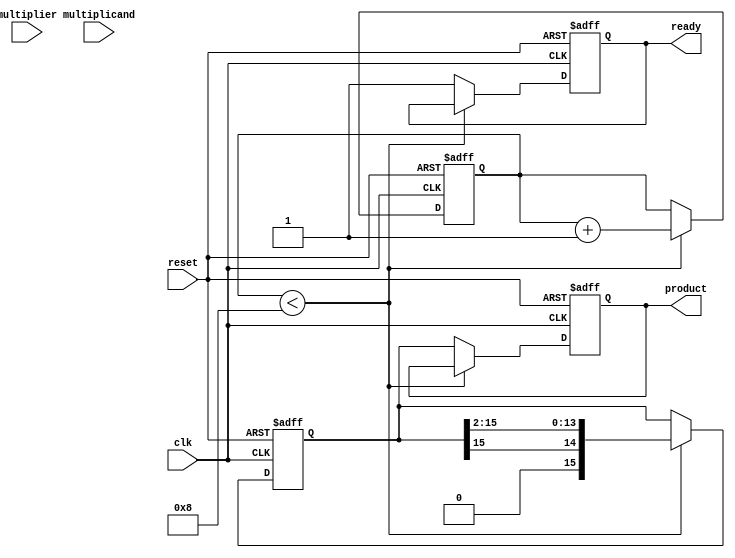
module booth_multiplier #(parameter WIDTH = 8) (
    input signed [WIDTH-1:0] multiplicand,    // M
    input signed [WIDTH-1:0] multiplier,       // Q
    output reg signed [2*WIDTH-1:0] product,   // P
    output reg ready,                           // Indicates completion
    input clk,
    input reset
);
    
    reg signed [WIDTH-1:0] M;         // Multiplicand register
    reg signed [WIDTH-1:0] Q;         // Multiplier register
    reg [WIDTH-1:0] Q_minus_1;        // Q-1 register
    reg [2*WIDTH-1:0] P;              // Product register
    reg [3:0] count;                  // Counter for iterations

    always @(posedge clk or posedge reset) begin
        if (reset) begin
            // Reset all registers
            product <= 0;
            M <= multiplicand;
            Q <= multiplier;
            P <= 0;
            Q_minus_1 <= 0;
            count <= 0;
            ready <= 0;
        end else if (count < WIDTH) begin
            case ({Q[0], Q_minus_1})
                2'b01: // Add M to P
                    P <= P + {M, {WIDTH{1'b0}}}; // Shift M to the left
                2'b10: // Subtract M from P
                    P <= P - {M, {WIDTH{1'b0}}};
                2'b00: // No operation
                    P <= P;
                2'b11: // No operation
                    P <= P;
            endcase
            
            // Arithmetic Right Shift (P and Q)
            {P, Q} <= {P[2*WIDTH-1], P[2*WIDTH-1:1], Q[WIDTH-1:1]}; // Shift P and Q
            Q_minus_1 <= Q[0]; // Update Q-1
            Q[0] <= Q[1]; // Update Q's LSB
            count <= count + 1; // Increment count
        end else begin
            product <= P; // Final product
            ready <= 1; // Indicate completion
        end
    end
endmodule